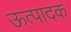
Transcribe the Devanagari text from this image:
ऊत्पादक